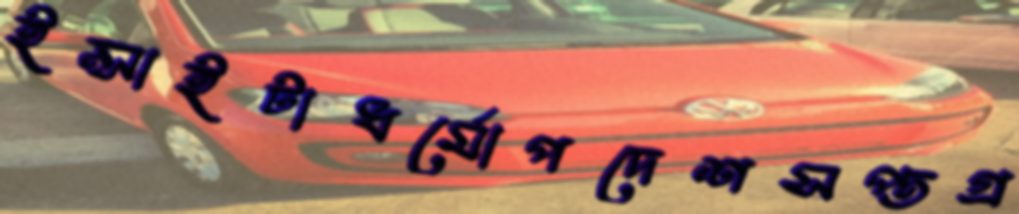
ইন্সাইটাধর্মোপদেশসপ্তগ্র